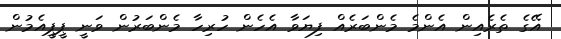
އޭގެ ތެރެއިން އެންމެ މެންބަރެއް ފިޔަވާ އެހެން ހުރިހާ މެންބަރުން ވަނީ ޕީޕީއެމުން